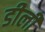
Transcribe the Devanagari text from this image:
डीली